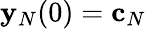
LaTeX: {\mathbf y}_{N}(0)={\mathbf c}_{N}